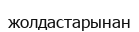
жолдастарынан